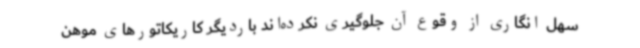
سهل انگاری از وقوع آن جلوگیری نکرده‌اند باردیگر کاریکاتورهای موهن